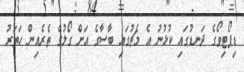
ޑިޕޯޓިވޯގެ ދަނޑުގައި ކުޅުނު އެ މެޗުގައި ބާސާގެ އަށް ގޯލުގެ ތެރެއިން ހަތަރު